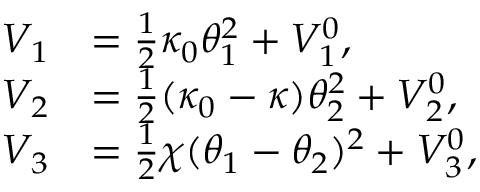
\begin{array} { r l } { V _ { 1 } } & { = \frac { 1 } { 2 } \kappa _ { 0 } \theta _ { 1 } ^ { 2 } + V _ { 1 } ^ { 0 } , } \\ { V _ { 2 } } & { = \frac { 1 } { 2 } ( \kappa _ { 0 } - \kappa ) \theta _ { 2 } ^ { 2 } + V _ { 2 } ^ { 0 } , } \\ { V _ { 3 } } & { = \frac { 1 } { 2 } \chi ( \theta _ { 1 } - \theta _ { 2 } ) ^ { 2 } + V _ { 3 } ^ { 0 } , } \end{array}